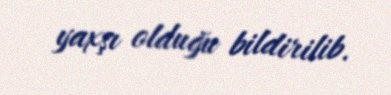
yaxşı olduğu bildirilib.